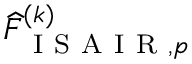
\widehat { F } _ { \mathrm { ~ I ~ S ~ A ~ I ~ R ~ } , p } ^ { ( k ) }